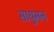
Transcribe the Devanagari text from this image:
साधुमन